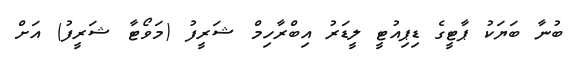
ބުނާ ބަޔަކު ޕާޓީގެ ޑިޕިއުޓީ ލީޑަރު އިބްރާހިމް ޝަރީފު (މަވޯޓާ ޝަރީފު) އަށް